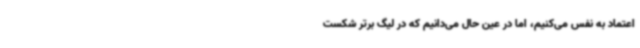
اعتماد به نفس می‌کنیم، اما در عین حال می‌دانیم که در لیگ برتر شکست